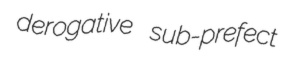
derogative sub-prefect